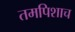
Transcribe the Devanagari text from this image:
तमपिशाच